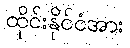
ထိုင်းနိုင်ငံအား